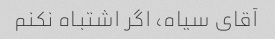
آقای سیاه، اگر اشتباه نکنم